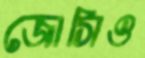
জোসিও